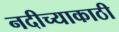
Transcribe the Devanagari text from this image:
नदीच्याकाठी